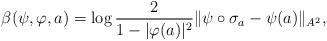
LaTeX: \begin{align*}\beta(\psi,\varphi,a)= \log\frac{2}{1-|\varphi(a)|^2} \|\psi\circ\sigma_a-\psi(a)\|_{A^2},\end{align*}